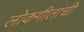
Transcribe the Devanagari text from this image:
लोकगीतांची